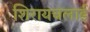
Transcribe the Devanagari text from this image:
शिरायचलाई